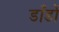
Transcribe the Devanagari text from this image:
डाँडों